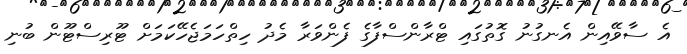
އެ ސާވޭއިން އެނގުނު ގޮތުގައި ޓްރާންސްފާގެ ފެންވަރާ މެދު ހިތްހަމަޖެހޭކަމަށް ޓޫރިސްޓޫން ބުނި